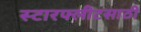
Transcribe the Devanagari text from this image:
स्टारफ्लीटसाठी